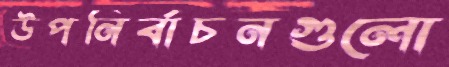
উপনির্বাচনগুলো